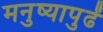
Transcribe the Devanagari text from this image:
मनुष्यापुढें